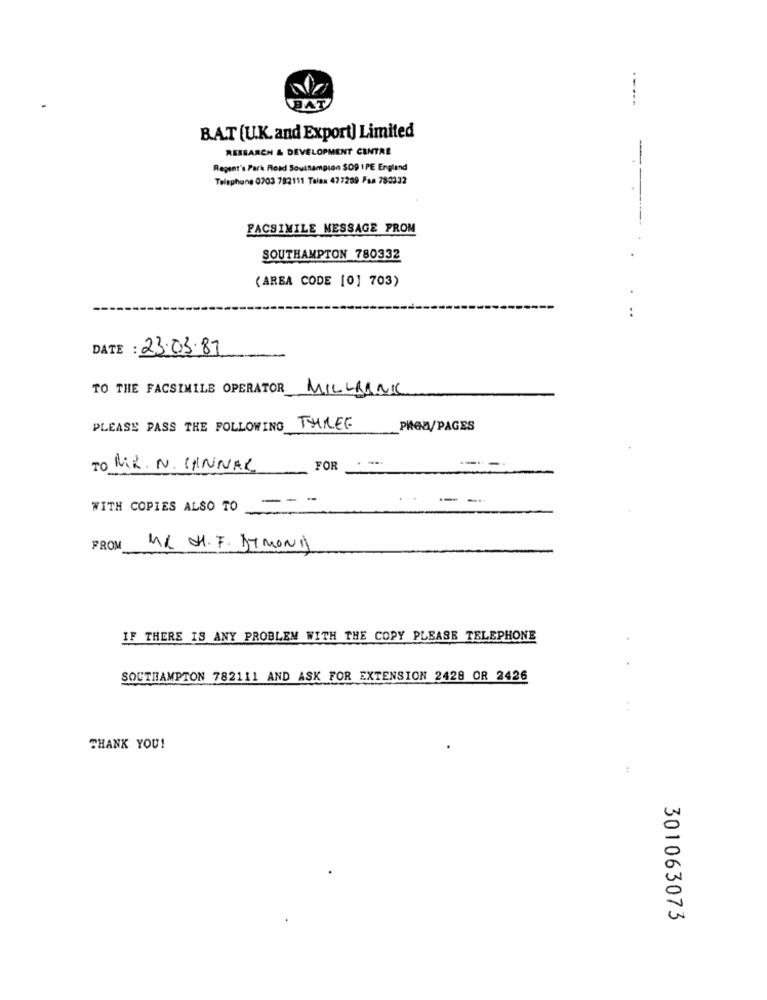
BAT
.....
BAT (U.K. and Export) Limited
RESEARCH & DEVELOPMENT CENTRE
Regent's Park Road Southampton $09 IPE England
Telephone 0703 702111 Talax 477209 Faa 780332
FACSIMILE MESSAGE PROM
SOUTHAMPTON 780332
(AREA CODE [0] 703)
..
DATE : 23.03.87
TO THE FACSIMILE OPERATOR
MILLBANKC
PLEASE PASS THE FOLLOWING THREE
PHOW/PAGES
TO MIL. N. CANNAL
FOR
WITH COPIES ALSO TO
PROM
MR JH.F. DYMOND
IF THERE IS ANY PROBLEM WITH THE COPY PLEASE TELEPHONE
SOUTHAMPTON 782111 AND ASK FOR EXTENSION 2428 OR 2426
. .
THANK YOU!
301063073